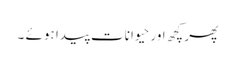
پھر کچھ اور حیوانات پیدا ہوئے ۔